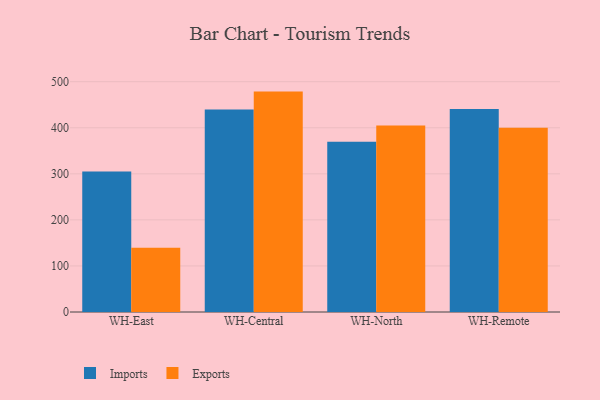
{"axis": {"x": "Warehouse", "y": "Active Users"}, "legend": ["Exports", "Imports"], "data": [{"x": "WH-East", "y": 305.0, "type": "Imports"}, {"x": "WH-East", "y": 139.6, "type": "Exports"}, {"x": "WH-Central", "y": 439.5, "type": "Imports"}, {"x": "WH-Central", "y": 478.5, "type": "Exports"}, {"x": "WH-North", "y": 369.7, "type": "Imports"}, {"x": "WH-North", "y": 405.0, "type": "Exports"}, {"x": "WH-Remote", "y": 440.6, "type": "Imports"}, {"x": "WH-Remote", "y": 400.2, "type": "Exports"}]}